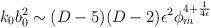
\begin{align*}k_0b_0^2 \sim (D-5)(D-2) \epsilon^2\phi_m^{4+ {1 \over 4 \epsilon}}\end{align*}